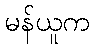
မန်ယူက